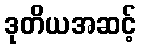
ဒုတိယအဆင့်